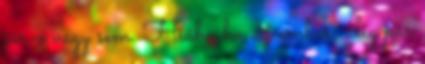
jár-e vagy sem. Hiába ha az ember, alig pár